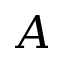
A